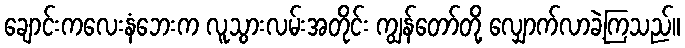
ချောင်းကလေးနံဘေးက လူသွားလမ်းအတိုင်း ကျွန်တော်တို့ လျှောက်လာခဲ့ကြသည်။